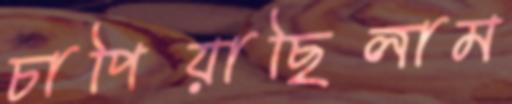
চাপিয়াছিলাম